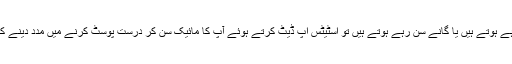
جب آپ کوئی ٹی وی پروگرام دیکھ رہے ہوتے ہیں یا گانے سن رہے ہوتے ہیں تو اسٹیٹس اپ ڈیٹ کرتے ہوئے آپ کا مائیک سن کر درست پوسٹ کرنے میں مدد دینے کے لیے اس آپشن کو استعمال کرتا ہے۔